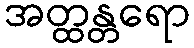
အတ္ထန္တရော